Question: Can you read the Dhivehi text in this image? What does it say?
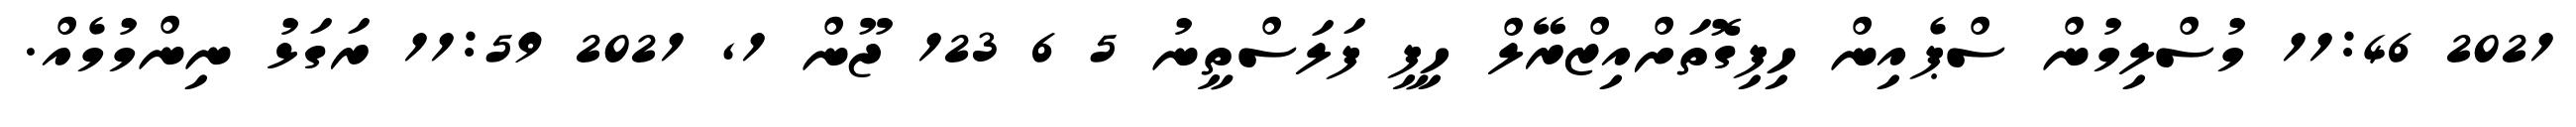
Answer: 2021 11:46 މުސްލިމުން ސްޕެއިން ހިފިގޮތަށްއިޒްރޭލް ހިފީ ފަލަސްތީނު 5 6 123 ޖޫން 1, 2021 11:59 ރަގަޅު ނިންމުމެއް.